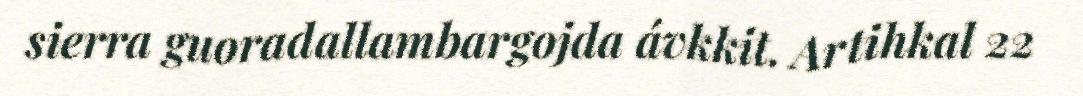
sierra guoradallambargojda ávkkit. Artihkal 22